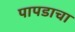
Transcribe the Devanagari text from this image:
पापडाचा